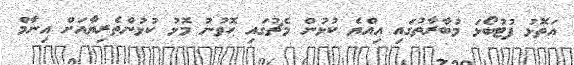
އަތޮޅު ފުޓުބޯޅަ މުބާރާތުގައި އިއްޔެ ކުޅުން މެޗުގައި ހޮވުނު މޮޅު ކުޅުންތެރިޔާއަށް އިނާމް